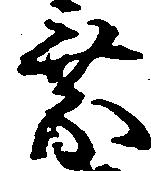
乗